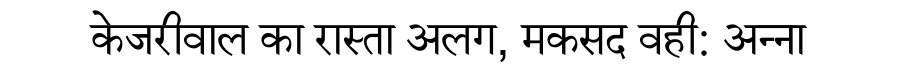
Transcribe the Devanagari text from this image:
केजरीवाल का रास्ता अलग, मकसद वही: अन्ना